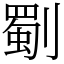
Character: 劅